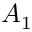
A _ { 1 }